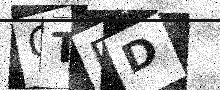
Text: CTRD